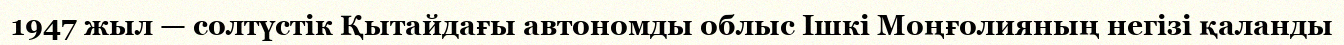
1947 жыл — солтүстік Қытайдағы автономды облыс Ішкі Моңғолияның негізі қаланды